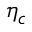
\eta _ { c }